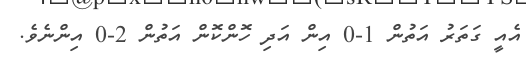
އެއީ ގަތަރު އަތުން 1-0 އިން އަދި ހޮންކޮން އަތުން 2-0 އިންނެވެ.